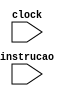
module Snooping(input clock, input [6:0]instrucao);

	wire [10:0]bus1;
	wire [10:0]bus2;
	wire [10:0]bus3;
	wire [10:0]busMem;
	wire [10:0]busWire;
	
	processador p1(clock, 2'b01, instrucao, busWire, bus1);
	processador p2(clock, 2'b10, instrucao, busWire, bus2);
	processador p3(clock, 2'b11, instrucao, busWire, bus3);
	memoria m1(clock, busWire, busMem);
	bus b(clock, bus1, bus2, bus3, busMem, busWire);
endmodule

module bus(input clock, input [10:0]bus1, input [10:0]bus2, input [10:0]bus3, input [10:0]busMem, output reg [10:0]busWire);
	always @(clock) begin
		busWire = 11'b00000000000;
		if(bus1[7] == 1 || bus1[5:4] != 2'b00)  busWire = bus1;
		else if(bus2[7] == 1 || bus2[5:4] != 2'b00)  busWire = bus2;
		else if(bus3[7] == 1 || bus3[5:4] != 2'b00)  busWire = bus3;
		else if(busMem[5:4] != 2'b00)  busWire = busMem;
	end
endmodule

// codigoProc - codigo do processador
// intrucao[6:0] - [6:5] processador, [4] opcode, [3] tag, [2:0] dado
// busMessageIn[10:0] - [10] dataFromCpu, [9:8] cpu de origem, [7] writeback, [6] - tag Writeback, [5:4]mensagem do bus, [3] tag, [2:0] dado
// busMessageOut[10:0] - [10] dataFromCpu, [9:8] cpu de origem, [7] writeback, [6] - tag Writeback, [5:4]mensagem do bus, [3] tag, [2:0] dado
module processador(input clock, input [1:0]codigoProc, input [6:0]instrucao, input [10:0]msgBusIn, output reg [10:0]msgBusOut);
	reg [5:0]cache = 6'b000000; // [5:4] estado, [3] tag, [2:0] dado
	reg writeback = 0;
	reg fromCPU; // enable para maquina de estado emissor
	reg fromBUS; // enable para maquina de estado receptor
	reg [2:0]request; // [2]opcode, [1]hit, [0]shared
	
	wire [1:0]estado;
	
	//opcode
	parameter read = 1'b0;
	parameter write = 1'b1;
	//estados
	parameter invalid = 2'b00;
	parameter shared = 2'b01;
	parameter exclusive = 2'b10;
	parameter modified = 2'b11;
	//Bus Message
	parameter readMissMsg = 2'b01; // Pede um dado aos outros processadores
	parameter invalidate = 2'b10; // Sinal para invalidar um dado
	parameter mensageRetorno = 2'b11; // Retorno de um pedido de dado (readMissMsg)
	
	always @(posedge clock) begin
		fromBUS = 0;
		fromCPU = 0;
		msgBusOut = 11'b00000000000;
		cache[5:4] = estado;
		if(instrucao[6:5] == codigoProc) begin // Se existir uma intrucao
			fromCPU = 1;
			request[2] = instrucao[4]; // opcode
			request[0] = 0; // shared
			if(instrucao[4] == read && instrucao[3] == cache[3] && cache[5:4] != invalid) begin // read hit
				// Retorna valor apenas
				msgBusOut[3] = cache[3];
				msgBusOut[2:0] = cache[2:0];
				request[1] = 1;
			end
			else if(instrucao[4] == read) begin // read miss
				// Busca valor da memoria
				msgBusOut[9:8] = codigoProc;
				msgBusOut[5:4] = readMissMsg;
				msgBusOut[3] = instrucao[3];
				fromCPU = 0; // Espera valor chegar para mudar a maquina
				if(cache[5:4] == modified) begin // Read miss em estado modified gera um writeback
					msgBusOut[6] = cache[3];
					msgBusOut[7] = 1;
					msgBusOut[2:0] = cache[2:0];
				end
			end
			else if(instrucao[4] == write && instrucao[3] == cache[3] && cache[5:4] != invalid) begin // write hit
				// Escreve valor na cache
				cache[2:0] = instrucao[2:0];
				request[1] = 1;
				if(cache[5:4] == shared) begin
					msgBusOut[9:8] = codigoProc;
					msgBusOut[5:4] = invalidate;
					msgBusOut[3] = cache[3];
				end
			end
			else if(instrucao[4] == write) begin // write miss
				if(cache[5:4] == modified) begin // Write miss em estado modified gera um writeback
					msgBusOut[7] = 1;
					msgBusOut[6] = cache[3];
					msgBusOut[2:0] = cache[2:0];
				end
				// Envia invalidate
				request[1] = 0;
				msgBusOut[9:8] = codigoProc;
				msgBusOut[5:4] = invalidate;
				msgBusOut[3] = instrucao[3];
				// Escreve valor na cache
				cache[3] = instrucao[3];
				cache[2:0] = instrucao[2:0];
			end
		end // if instrucao >= 0
		else if(msgBusIn[5:4] != 2'b00) begin // se existir uma mensagem do BUS
			if(msgBusIn[5:4] == invalidate && msgBusIn[3] == cache[3] && msgBusIn[9:8] != codigoProc) begin // Msg para invalidar a tag
				cache[5:4] = invalid;
			end
			else if(msgBusIn[5:4] == readMissMsg && msgBusIn[3] == cache[3] && cache[5:4] != invalid) begin // Msg buscando a tag
				if(cache[5:4]  == modified) begin // Se o estado for Modified, tambem ativa o writeback
					msgBusOut[7] = 1;
					msgBusOut[6] = cache[3];
				end
				// Retorna o dado pedido
				msgBusOut[10] = 1;
				msgBusOut[9:8] = msgBusIn[9:8];
				msgBusOut[5:4] = mensageRetorno;
				msgBusOut[3] = cache[3];
				msgBusOut[2:0] = cache[2:0];
				cache[5:4] = shared;
			end
			else if(msgBusIn[5:4] == mensageRetorno && msgBusIn[9:8] == codigoProc) begin// Mensagem de retorno de um pedido deste processador
				if(msgBusIn[10] == 1) begin
					cache[5:4] = shared;
				end else begin
					cache[5:4] = exclusive;
				end
				cache[3] = msgBusIn[3];
				cache[2:0] = msgBusIn[2:0];
			end
		end // if busMessage existe
	end
	
	emissor_MESI emissor(clock, fromCPU, cache[5:4], request[2], request[1], request[0], estado);
endmodule

// busMessageIn[9:0] - [9:8] cpu de origem, [7] writeback, [6] - tag Writeback, [5:4]mensagem do bus, [3] tag, [2:0] dado
// busMessageOut[9:0] - [9:8] cpu de origem, [7] writeback, [6] - tag Writeback, [5:4]mensagem do bus, [3] tag, [2:0] dado
module memoria(input clock, input [10:0]msgBusIn, output reg [10:0]msgBusOut);
	
	//Bus Message
	parameter readMissMsg = 2'b01; // Pede um dado aos outros processadores
	parameter invalidate = 2'b10; // Sinal para invalidar um dado
	parameter mensageRetorno = 2'b11; // Retorno de um pedido de dado (readMissMsg)
	
	reg [3:0]memoria[1:0]; // [3] tag, [2:0] dado
	
	initial begin
		memoria[0] = 4'b0001;
		memoria[1] = 4'b1010;
	end
	
	always @(posedge clock) begin
		msgBusOut = 11'b00000000000;
		if(msgBusIn[5:4] == readMissMsg) begin
			msgBusOut[10] = 0;
			msgBusOut[9:8] = msgBusIn[9:8];
			msgBusOut[5:4] = mensageRetorno;
			msgBusOut[3] = msgBusIn[3];
			if(msgBusIn[3] == 0) begin
				msgBusOut[2:0] = memoria[0][2:0];
			end else begin
				msgBusOut[2:0] = memoria[1][2:0];
			end
		end
		if(msgBusIn[7] == 1)begin
			if(msgBusIn[6] == 0) begin
				memoria[0][2:0] = msgBusIn[2:0];
			end else begin
				memoria[1][2:0] = msgBusIn[2:0];
			end
		end
	end
endmodule


//bus 00 = read miss , 01 = write miss, 10  = invalidate.
//op 0 = read,  1 = write
//shared   0 = not shared , 1 = shared
//estado 00 = invalid , 01 = shared , 10 exclusive, 11 = modified
module emissor_MESI(input clock, input fromCPU, input [1:0]estado, input op, input hit, input shared, output reg [1:0]estado_final);

	initial estado_final = 00;
	always @(negedge clock)begin
		estado_final = estado;
		if(fromCPU) begin
			case(estado)
			//invalid
				2'b00: begin
					if(op == 0 && shared ==1)begin
						estado_final = 2'b01;
					end
					else if (op == 0 && shared == 0)begin
						estado_final = 2'b10;
					end
					else if(op == 1)begin
						estado_final = 2'b11;
					end			
				end		
			//shared
				2'b01:  begin 
					if(op == 0 && hit ==1)begin
						estado_final = 2'b01;
					end
					else if (op == 1 && hit == 1)begin
						estado_final = 2'b11;
					end
					else if (op == 1 && hit == 0)begin
						estado_final = 2'b11;
					end
				end	
			//exclusive
				2'b10: begin
					if(op == 0 && hit ==1)begin
						estado_final = 2'b10;
					end
					else if (op == 1 && hit == 1)begin
						estado_final = 2'b11;
					end
					else if (op == 1 && hit == 0)begin
						estado_final = 2'b11;
					end
				end 
			//modified
				2'b11: begin
					if(hit ==1)begin
						estado_final = 2'b11;
					end	
				end
			endcase
		end
	end

endmodule

//bus 00 = read miss , 01 = write miss, 10  = invalidate.
//estado 00 = invalid , 01 = shared , 10 exclusive, 11 = modified
module receptor_MESI(input clock, input fromBUS, input [1:0]bus,input estado, output reg [1:0]estado_final, output reg writeback);

		always @(bus) begin
			if(fromBUS) begin 
				writeback = 0;
				case(estado)
				//invalid
					2'b00: begin  

					end		
				//shared
					2'b01:  begin 
						if(bus == 2'b01 || bus == 2'b10)begin
							estado_final = 2'b00;
						end
					end	
				//exclusive
					2'b10: begin
						if(bus == 2'b01 || bus == 2'b10)begin
							estado_final = 2'b00;
						end
						else if (bus == 2'b00)begin
							estado_final = 2'b01;
						end
					end 
				//modified
					2'b11: begin
						if(bus == 2'b01)begin
							estado_final = 2'b00;
							writeback = 1;
						end
						else if (bus == 2'b00)begin
							estado_final = 2'b01;
							writeback = 1;
						end
						
								
					end
				endcase
			end
	end

	

endmodule